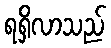
ရရှိလာသည်